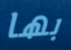
بها